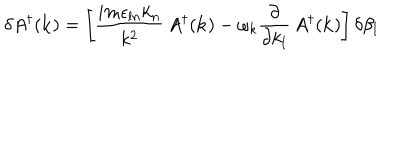
\delta A ^ { \dagger } ( { \bf k } ) = \left[ \frac { i m \epsilon _ { l n } k _ { n } } { k ^ { 2 } } \, A ^ { \dagger } ( { \bf k } ) - \omega _ { k } \frac { \partial } { \partial k _ { l } } \, A ^ { \dagger } ( { \bf k } ) \right] \delta \beta _ { l }